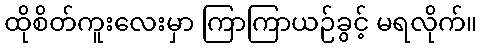
ထိုစိတ်ကူးလေးမှာ ကြာကြာယဉ်ခွင့် မရလိုက်။